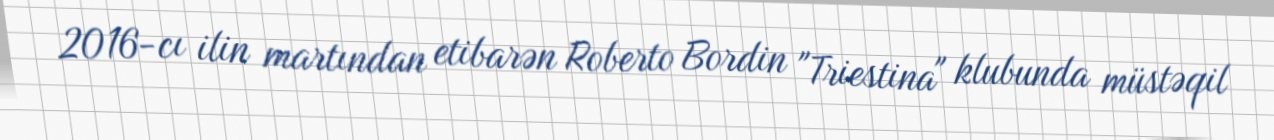
2016-cı ilin martından etibarən Roberto Bordin "Triestina" klubunda müstəqil